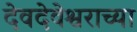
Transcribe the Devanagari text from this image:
देवदेवेश्वराच्या